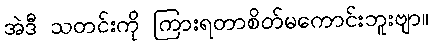
အဲဒီ သတင်းကို ကြားရတာစိတ်မကောင်းဘူးဗျာ။